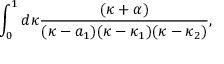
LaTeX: \int _ { 0 } ^ { 1 } d \kappa { \frac { ( \kappa + \alpha ) } { ( \kappa - a _ { 1 } ) ( \kappa - \kappa _ { 1 } ) ( \kappa - \kappa _ { 2 } ) } } ,